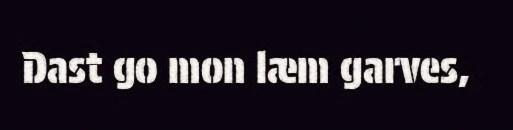
Dast go mon læm garves,